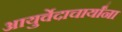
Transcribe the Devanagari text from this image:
आयुर्वेदाचार्यांना